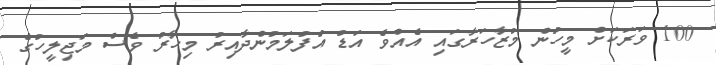
100 ވަރަކަށް މީހުން މުޒާހަރާގައި އެއްވެ އަޑު އުފުލަމުންދާއިރު މިހާރު ވެސް މަޖިލީހުގެ